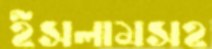
ইসলামসহ